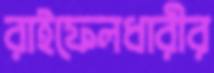
রাইফেলধারীর